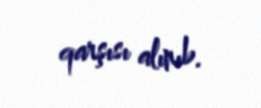
qarşısı alınıb.